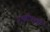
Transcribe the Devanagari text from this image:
पृथ्वीपृथ्वी